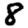
Digit: 8